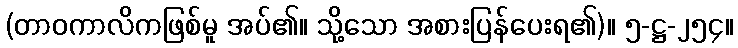
(တာဝကာလိကဖြစ်မူ အပ်၏။ သို့သော အစားပြန်ပေးရ၏)။ ၅-ဋ္ဌ-၂၅၄။